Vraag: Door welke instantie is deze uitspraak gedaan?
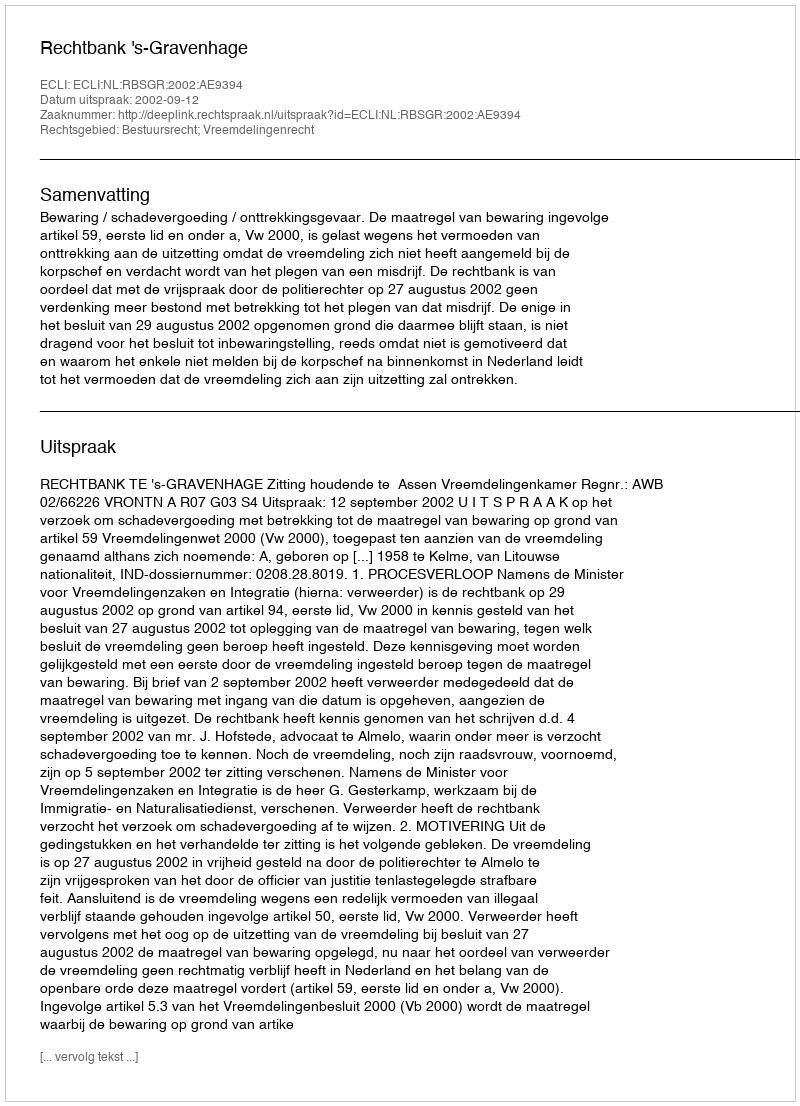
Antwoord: Rechtbank 's-Gravenhage